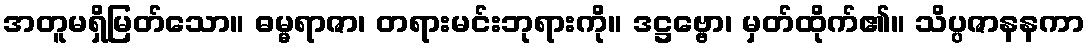
အတူမရှိမြတ်သော။ ဓမ္မရာဇာ၊ တရားမင်းဘုရားကို။ ဒဋ္ဌဗ္ဗော၊ မှတ်ထိုက်၏။ သိပ္ပဇာနနကာ